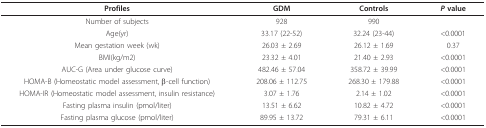
<table><thead><tr><td><b>Profiles</b></td><td><b>GDM</b></td><td><b>Controls</b></td><td><b><i>P </i>value</b></td></tr></thead><tbody><tr><td>Number of subjects</td><td>928</td><td>990</td><td></td></tr><tr><td>Age(yr)</td><td>33.17 (22-52)</td><td>32.24 (23-44)</td><td>&lt;0.0001</td></tr><tr><td>Mean gestation week (wk)</td><td>26.03 ± 2.69</td><td>26.12 ± 1.69</td><td>0.37</td></tr><tr><td>BMI(kg/m2)</td><td>23.32 ± 4.01</td><td>21.40 ± 2.93</td><td>&lt;0.0001</td></tr><tr><td>AUC-G (Area under glucose curve)</td><td>482.46 ± 57.04</td><td>358.72 ± 39.99</td><td>&lt;0.0001</td></tr><tr><td>HOMA-B (Homeostatic model assessment, β-cell function)</td><td>208.06 ± 112.75</td><td>268.30 ± 179.88</td><td>&lt;0.0001</td></tr><tr><td>HOMA-IR (Homeostatic model assessment, insulin resistance)</td><td>3.07 ± 1.76</td><td>2.14 ± 1.02</td><td>&lt;0.0001</td></tr><tr><td>Fasting plasma insulin (pmol/liter)</td><td>13.51 ± 6.62</td><td>10.82 ± 4.72</td><td>&lt;0.0001</td></tr><tr><td>Fasting plasma glucose (pmol/liter)</td><td>89.95 ± 13.72</td><td>79.31 ± 6.11</td><td>&lt;0.0001</td></tr></tbody></table>